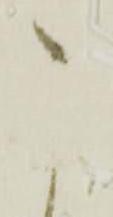
こ